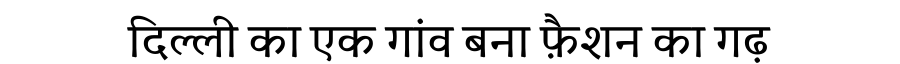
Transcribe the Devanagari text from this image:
दिल्ली का एक गांव बना फ़ैशन का गढ़